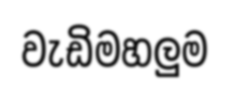
වැඩිමහලුම